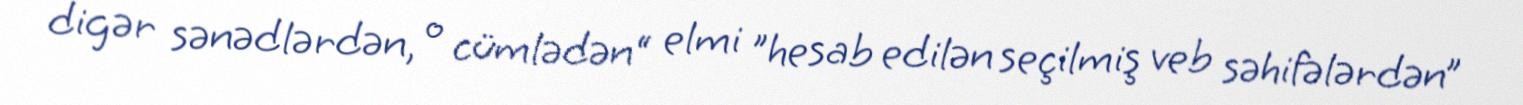
digər sənədlərdən, o cümlədən“ elmi ”hesab edilən seçilmiş veb səhifələrdən”